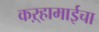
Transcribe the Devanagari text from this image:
कऱ्हामाईचा